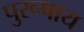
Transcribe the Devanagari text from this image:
पुरूषाय